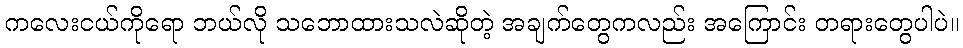
ကလေးငယ်ကိုရော ဘယ်လို သဘောထားသလဲဆိုတဲ့ အချက်တွေကလည်း အကြောင်း တရားတွေပါပဲ။